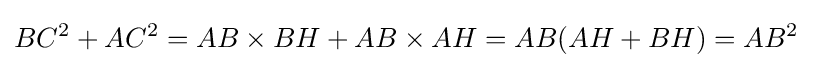
BC^{2}+AC^{2}=AB\times BH+AB\times AH=AB(AH+BH)=AB^{2}